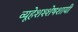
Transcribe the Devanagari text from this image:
व्यूहेशश्शेषशायी